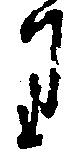
り